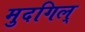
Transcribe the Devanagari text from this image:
मुदगिल्